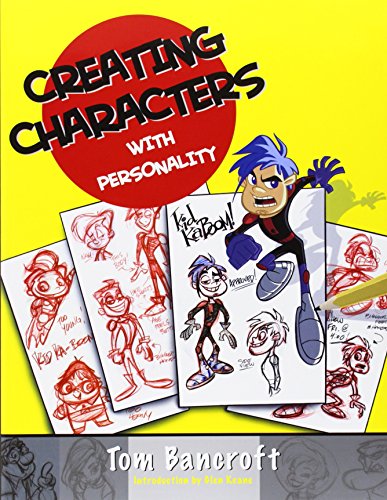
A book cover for Creating Characters with Personality: For Film, TV, Animation, Video Games, and Graphic Novels; Tom Bancroft; Comics & Graphic Novels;